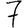
Digit: 7